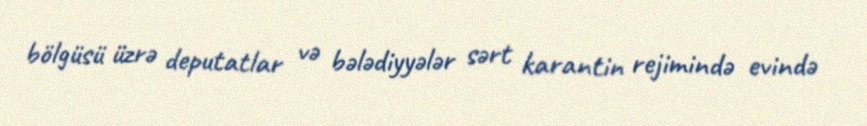
bölgüsü üzrə deputatlar və bələdiyyələr sərt karantin rejimində evində